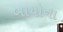
બાયોના